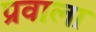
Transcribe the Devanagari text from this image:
प्रवाला